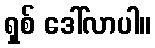
ရှစ် ဒေါ်လာပါ။